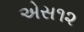
એસ૧૨